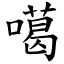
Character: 噶